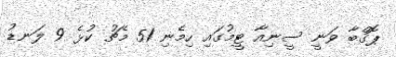
ޕޮގްބާ ވަނީ ސީނިއާ ޓީމުގައި ހިމެނި 51 މެޗު ކުޅެ 9 ލަނޑު